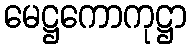
မေဋ္ဌကောကုဋ္ဌာ